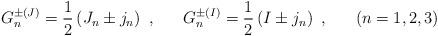
LaTeX: \begin{align*} G^{\pm (J)}_n = \frac 12 \left(J_n \pm j_n\right) ~, ~~~~~ G^{\pm (I)}_n = \frac 12 \left( I \pm j_n \right) ~, ~~~~~ (n = 1,2,3)\end{align*}